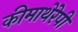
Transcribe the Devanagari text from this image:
कीमाथेरेपी